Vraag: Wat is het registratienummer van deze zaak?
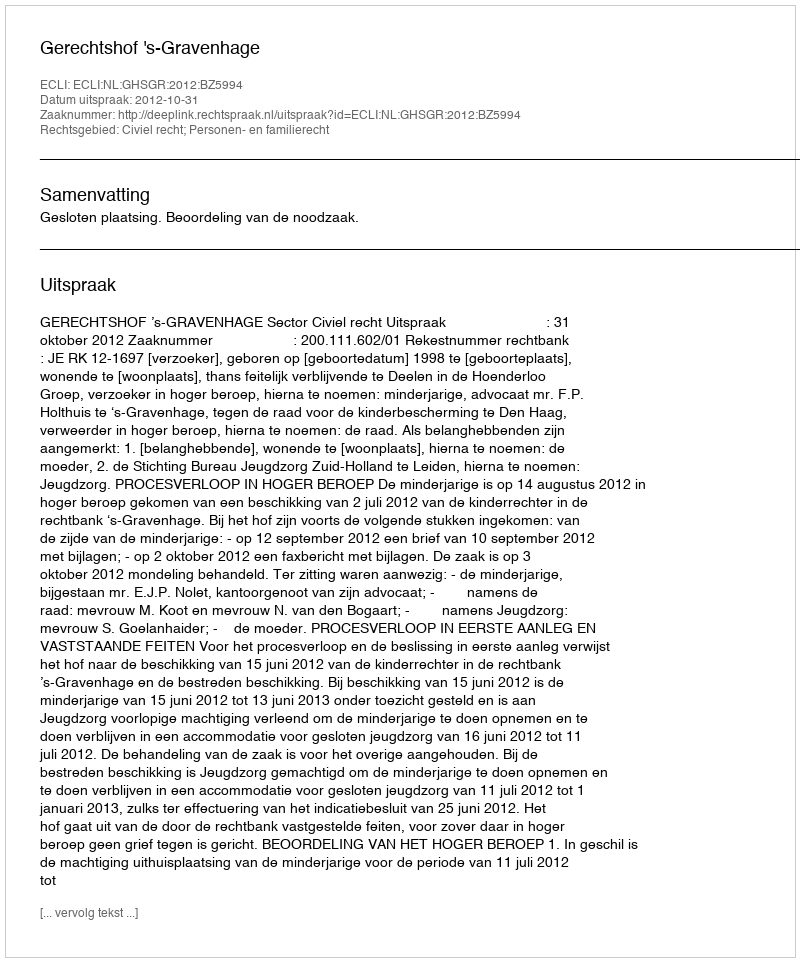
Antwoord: http://deeplink.rechtspraak.nl/uitspraak?id=ECLI:NL:GHSGR:2012:BZ5994